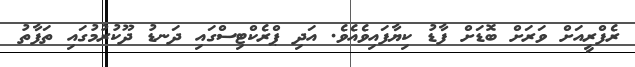
ރެފްރީއަށް ވަރަށް ބޮޑަށް ފާޑު ކިޔާފައިވެއެވެ. އަދި ޕްރެކްޓިސްގައި ދަނޑު ދޫކުރުމުގައި ތަފާތު